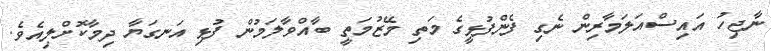
ނާޖިހު އައިސްއަލަމާރިން ނެގި ފެންފުޅީގެ މަތި މޭޒުމަތީ ބާއްވާލަމުން ފުޅި އަނގަޔާ ދިމާކޮށްލިއެވެ.